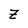
Character: Z